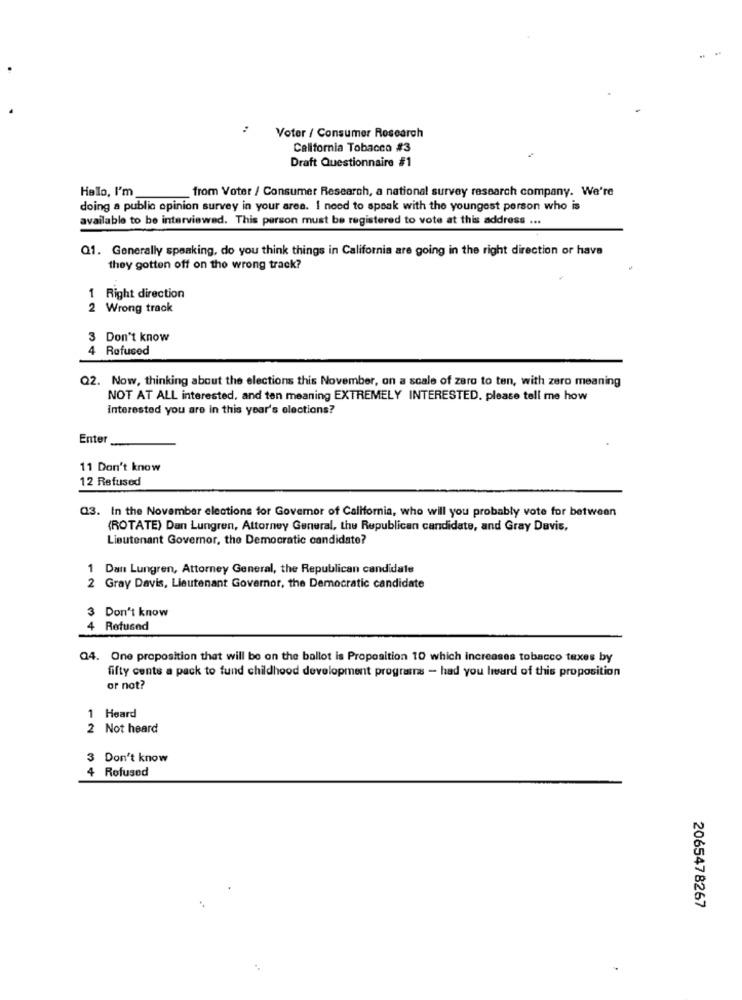
:
Voter / Consumer Research
California Tobacco #3
Draft Questionnaire #1
Hello, I'm
from Voter / Consumer Research, a national survey research company. We're
doing a public opinion survey in your area. I need to speak with the youngest person who is
available to be interviewed. This person must be registered to vote at this address ...
Q1. Generally speaking, do you think things in California are going in the right direction or have
they gotten off on the wrong track?
1 Right direction
2 Wrong track
3 Don't know
4 Refused
Q2. Now, thinking about the elections this November, on a scale of zero to ten, with zero meaning
NOT AT ALL interested, and ten meaning EXTREMELY INTERESTED, please tell me how
Interested you are in this year's elections?
Enter
11 Don't know
12 Refused
Q3. In the November elections for Governor of California, who will you probably vote for between
(ROTATE) Dan Lungren, Attorney General, the Republican candidate, and Gray Davis,
Lieutenant Governor, the Democratic candidate?
1 Dan Lungren, Attorney General, the Republican candidate
2 Gray Davis, Lieutenant Governor, the Democratic candidate
3 Don't know
Refused
Q4. One proposition that will be on the ballot is Proposition 10 which increases tobacco taxes by
fifty cents a pack to fund childhood development programs - had you heard of this proposition
or not?
1 Heard
2 Not heard
3 Don't know
4 Refused
2065478267